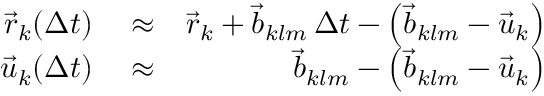
\begin{array} { r l r } { \vec { r } _ { k } ( \Delta t ) } & { { } \approx } & { \vec { r } _ { k } + \vec { b } _ { k l m } \, \Delta t - \left( \vec { b } _ { k l m } - \vec { u } _ { k } \right) } \\ { \vec { u } _ { k } ( \Delta t ) } & { { } \approx } & { \vec { b } _ { k l m } - \left( \vec { b } _ { k l m } - \vec { u } _ { k } \right) } \end{array}